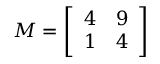
M = \left[ { \begin{array} { l l } { 4 } & { 9 } \\ { 1 } & { 4 } \end{array} } \right]